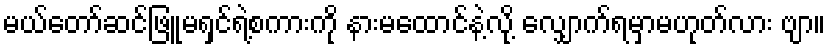
မယ်တော်ဆင်ဖြူမရှင်ရဲ့စကားကို နားမထောင်နဲ့လို့ လျှောက်ရမှာမဟုတ်လား ဗျာ။